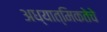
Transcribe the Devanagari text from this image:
अध्यात्मिकतेचे